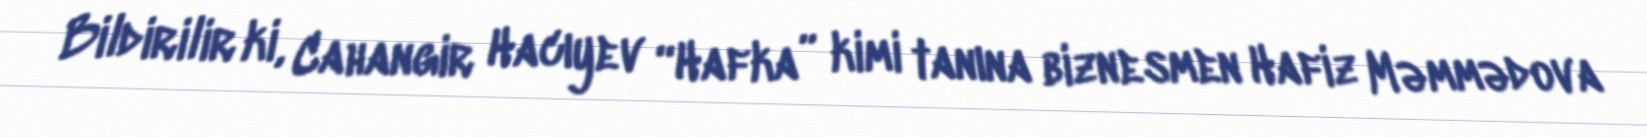
Bildirilir ki, Cahangir Hacıyev “Hafka” kimi tanına biznesmen Hafiz Məmmədova